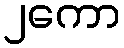
၂ကော